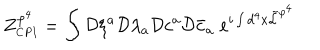
\displaystyle Z _ { \scriptscriptstyle C P I } ^ { \varphi ^ { 4 } } = \int { \cal { D } } \xi ^ { a } { \cal { D } } \lambda _ { a } { \cal { D } } c ^ { a } { \cal { D } } \bar { c } _ { a } \; e ^ { i \int d ^ { 4 } x \tilde { \cal { L } } ^ { \varphi ^ { 4 } } }